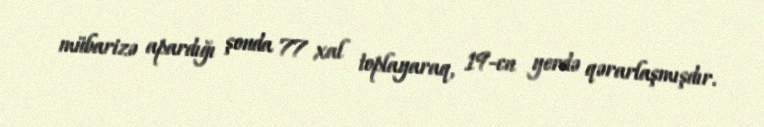
mübarizə apardığı şouda 77 xal toplayaraq, 19-cu yerdə qərarlaşmışdır.